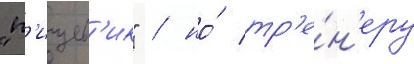
"п'ищев'ик" / но́ тр'е́н'еру